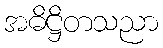
အဓိဋ္ဌိတသညာ